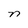
Character: n